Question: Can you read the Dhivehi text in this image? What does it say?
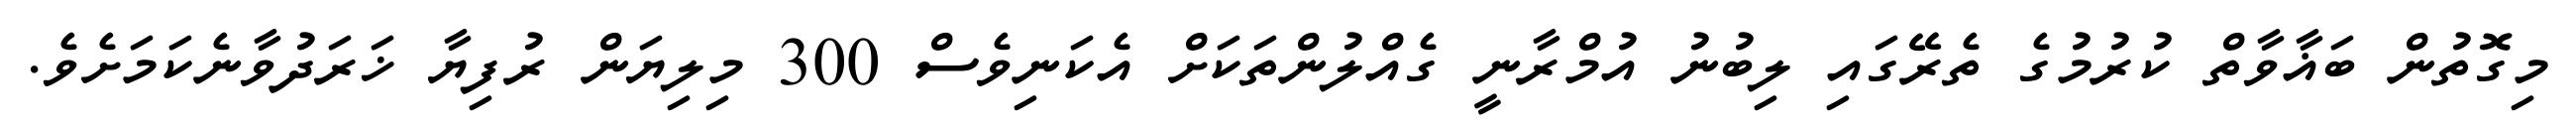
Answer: މިގޮތުން ބަޣާވާތް ކުރުމުގެ ތެރޭގައި ލިބުނު އުމްރާނީ ގެއްލުންތަކަށް އެކަނިވެސް 300 މިލިޔަން ރުފިޔާ ޚަރަދުވާނެކަމަށެވެ.